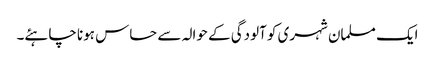
ایک مسلمان شہری کو آلودگی کے حوالہ سے حساس ہونا چاہئے۔